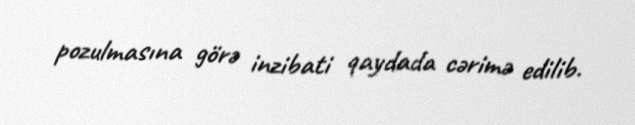
pozulmasına görə inzibati qaydada cərimə edilib.